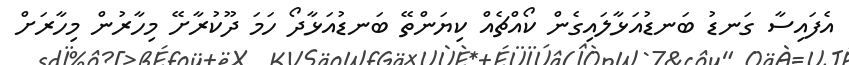
އެފައިސާ ގަނޑު ބަނޑުއަޅާލައިގެން ކޯއްޗެއް ކިޔަންތޭ ބަނޑުއަޅާދޯ ހަމަ ދޫކުރާށޭ މިހާރުން މިހާރަށް